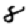
Digit: 8